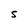
Character: S